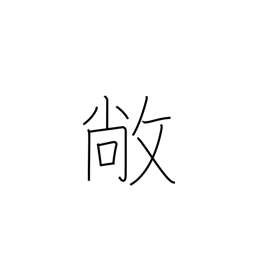
Meaning: high and flat